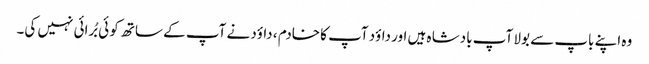
وہ اپنے باپ سے بولا آپ بادشا ہ ہیں اور داؤد آپ کا خادم ، داؤد نے آپ کے ساتھ کو ئی بُرائی نہیں کی۔